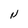
Character: N